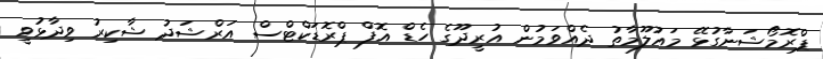
ޕްރޮމޯޝަނާގުޅޭ މައުލޫމާތު ދެއްވަމުން އުރީދޫގެ ހެޑް އޮފް ޕްރޮޑަކްޓްސް އަރްޝަދު ޝާކިރު ވިދާޅުވީ